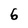
Character: 6